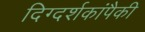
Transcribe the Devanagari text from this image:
दिग्दर्शकांपैकी